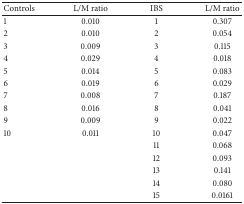
<table><thead><tr><td><b>Controls</b></td><td><b>L/M ratio</b></td><td><b>IBS</b></td><td><b>L/M ratio</b></td></tr></thead><tbody><tr><td>1</td><td>0.010</td><td>1</td><td>0.307</td></tr><tr><td>2</td><td>0.010</td><td>2</td><td>0.054</td></tr><tr><td>3</td><td>0.009</td><td>3</td><td>0.115</td></tr><tr><td>4</td><td>0.029</td><td>4</td><td>0.018</td></tr><tr><td>5</td><td>0.014</td><td>5</td><td>0.083</td></tr><tr><td>6</td><td>0.019</td><td>6</td><td>0.029</td></tr><tr><td>7</td><td>0.008</td><td>7</td><td>0.187</td></tr><tr><td>8</td><td>0.016</td><td>8</td><td>0.041</td></tr><tr><td>9</td><td>0.009</td><td>9</td><td>0.022</td></tr><tr><td>10</td><td>0.011</td><td>10</td><td>0.047</td></tr><tr><td> </td><td> </td><td>11</td><td>0.068</td></tr><tr><td> </td><td> </td><td>12</td><td>0.093</td></tr><tr><td> </td><td> </td><td>13</td><td>0.141</td></tr><tr><td> </td><td> </td><td>14</td><td>0.080</td></tr><tr><td> </td><td> </td><td>15</td><td>0.0161</td></tr></tbody></table>